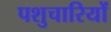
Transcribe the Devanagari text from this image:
पशुचारियों